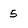
Character: 5